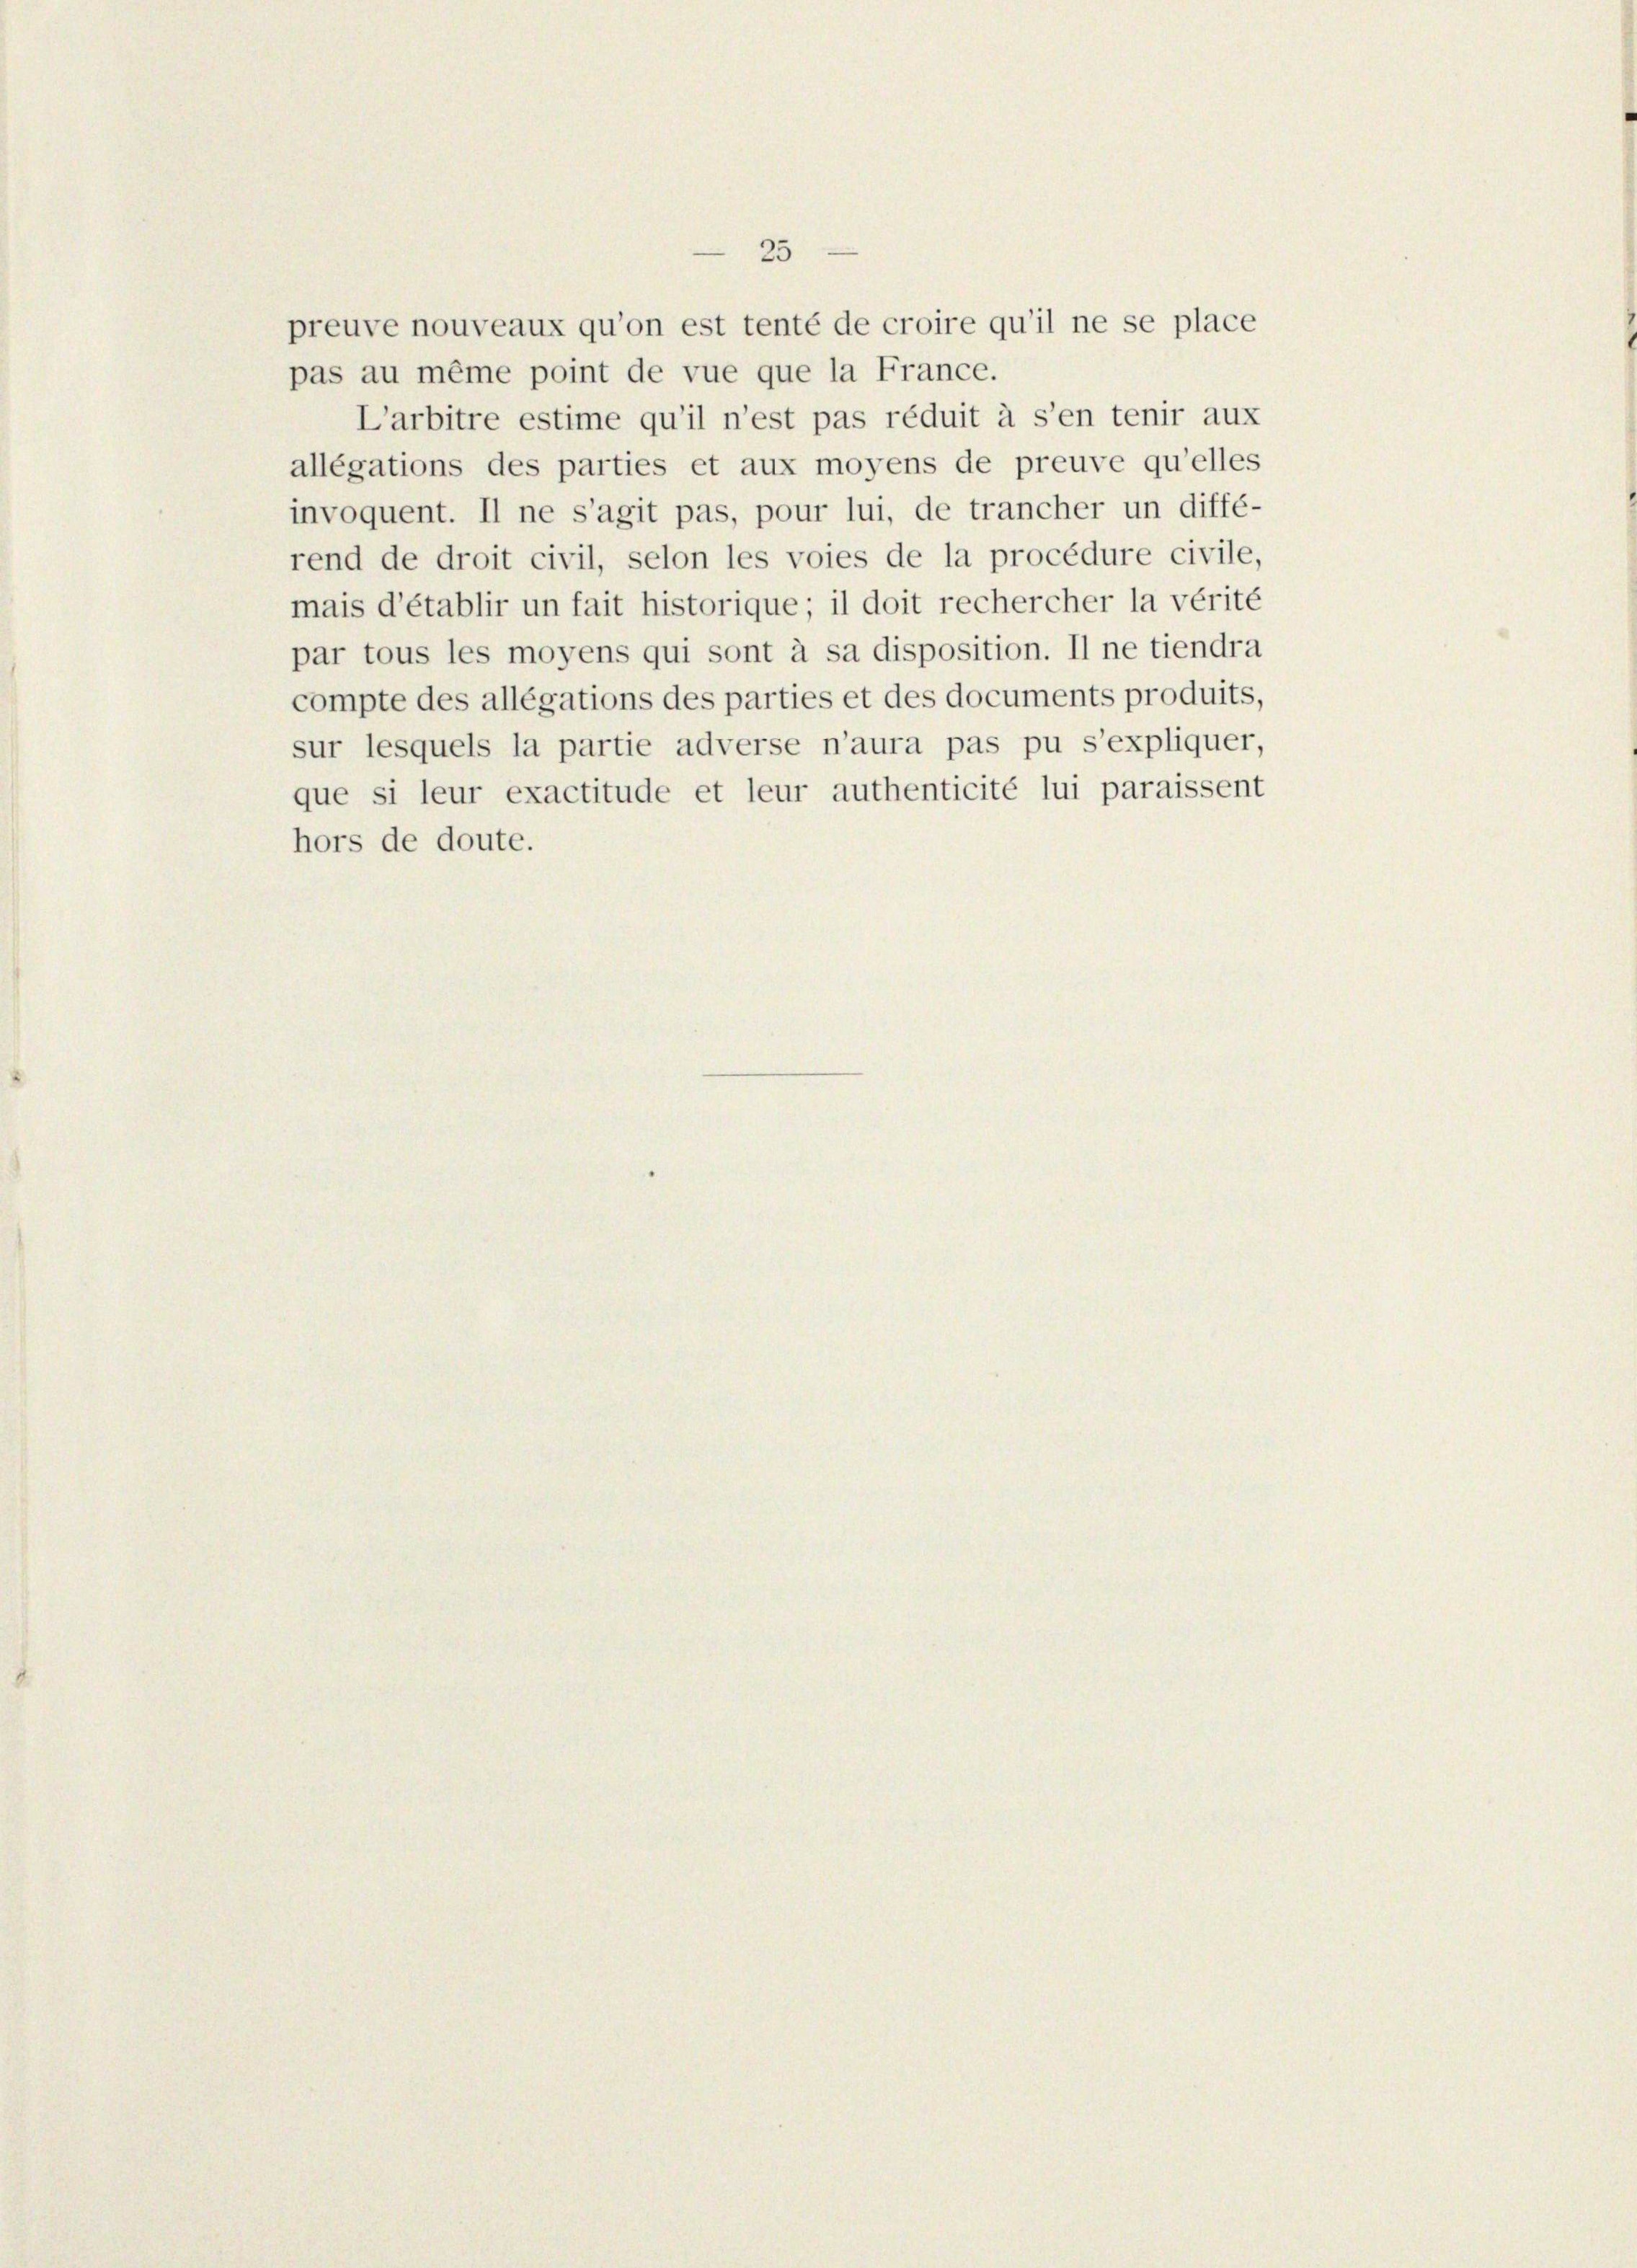
par tous les moyens qui sont à sa disposition. Il ne tiendra
compte des allégations des parties et des documents produits,
sur lesquels la partie adverse n’aura pas pu s’expliquer,
que si leur exactitude et leur authenticité lui paraissent
hors de doute.

preuve nouveaux qu’on est tenté de croire qu’il ne se place
pas au même point de vue que la France.
L’arbitre estime qu’il n’est pas réduit à s’en tenir aux
allégations des parties et aux moyens de preuve qu’elles
invoquent. Il ne s’agit pas, pour lui, de trancher un diffé-
rend de droit civil, selon les voies de la procédure civile,
mais d’établir un fait historique; il doit rechercher la vérité